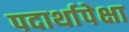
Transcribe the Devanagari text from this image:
पदार्थापेक्षा